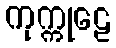
ကုက္ကုဠေ